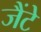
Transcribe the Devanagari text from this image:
जैंटे